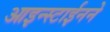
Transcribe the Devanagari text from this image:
आइन्स्टाईनने